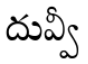
దువ్వీ